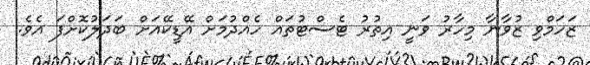
ޒަހަމްވި ޒުވާނާ މިހާރު ވަނީ އިތުރު ޓެސްޓުތައް ހެއްދުމަށް އޭޑީކޭއަށް ބަދަލުކޮށްފަ އެވެ.